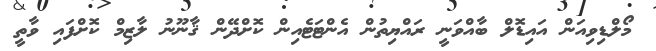
މޯލްޑިވިއަން އައިޑޮލް ބާއްވަނީ ރައްޔިތުން އެންޓަޓެއިން ކޮށްދޭން ޤާނޫނު ލާޒިމް ކޮށްފައި ވާތީ